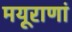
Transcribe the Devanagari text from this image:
मयूराणां